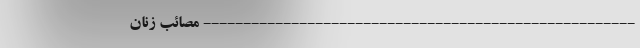
------------------------------------------------------ مصائب زنان